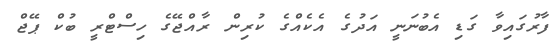
ފާރުގައިވާ ގަޑި އެބުނަނީ އަދުގެ އެކެއްގެ ކުރިން ރާއްޖޭގެ ހިސްޓްރީ ބުކް ޕޭޖް